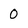
Character: 0